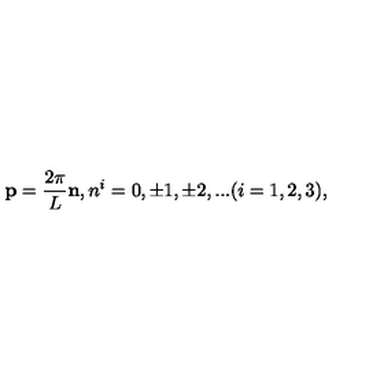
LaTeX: { \bf p } = \frac { 2 \pi } { L } { \bf n } , n ^ { i } = 0 , \pm 1 , \pm 2 , . . . ( i = 1 , 2 , 3 ) ,